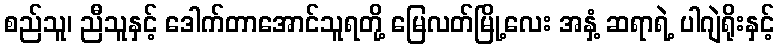
စည်သူ၊ ညီသူနှင့် ဒေါက်တာအောင်သူရတို့ မြေလတ်မြို့လေး အနှံ့ ဆရာရဲ့ ပါဂျဲရိုးနှင့်